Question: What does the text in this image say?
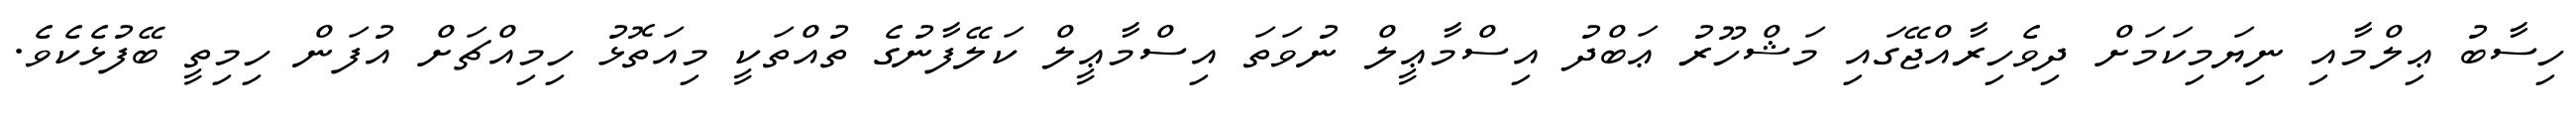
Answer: ހިސާބު ޢިލްމާއި ނިޔަމިކަމަށް ދިވެހިރާއްޖޭގައި މަޝްހޫރު ޢަބްދު އިސްމާޢީލް ނުވަތަ އިސްމާޢީލް ކަލޭފާނުގެ ތުއްތަކީ މިއަތޮޅު ހިމިއްޗަށް އުފަން ހިމިތީ ބޭފުޅެކެވެ.